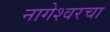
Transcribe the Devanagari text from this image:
नागेश्वरचा